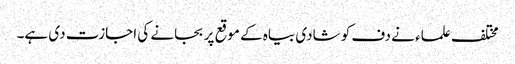
مختلف علماء نے دف کو شادی بیاہ کے موقع پر بجانے کی اجازت دی ہے۔